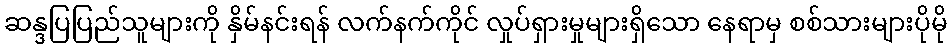
ဆန္ဒပြပြည်သူများကို နှိမ်နင်းရန် လက်နက်ကိုင် လှုပ်ရှားမှုများရှိသော နေရာမှ စစ်သားများပိုမို